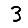
Digit: 3